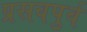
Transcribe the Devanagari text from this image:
प्रसवपुर्व